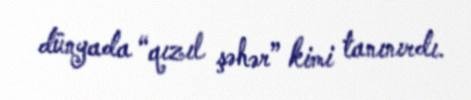
dünyada “qızıl şəhər” kimi tanınırdı.